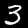
Label: 3